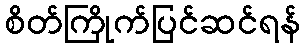
စိတ်ကြိုက်ပြင်ဆင်ရန်